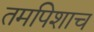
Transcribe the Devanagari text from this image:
तमपिशाच